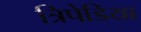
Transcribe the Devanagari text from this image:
त्रिपेडिया